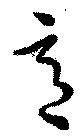
意